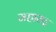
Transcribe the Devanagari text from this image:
महाराट्र